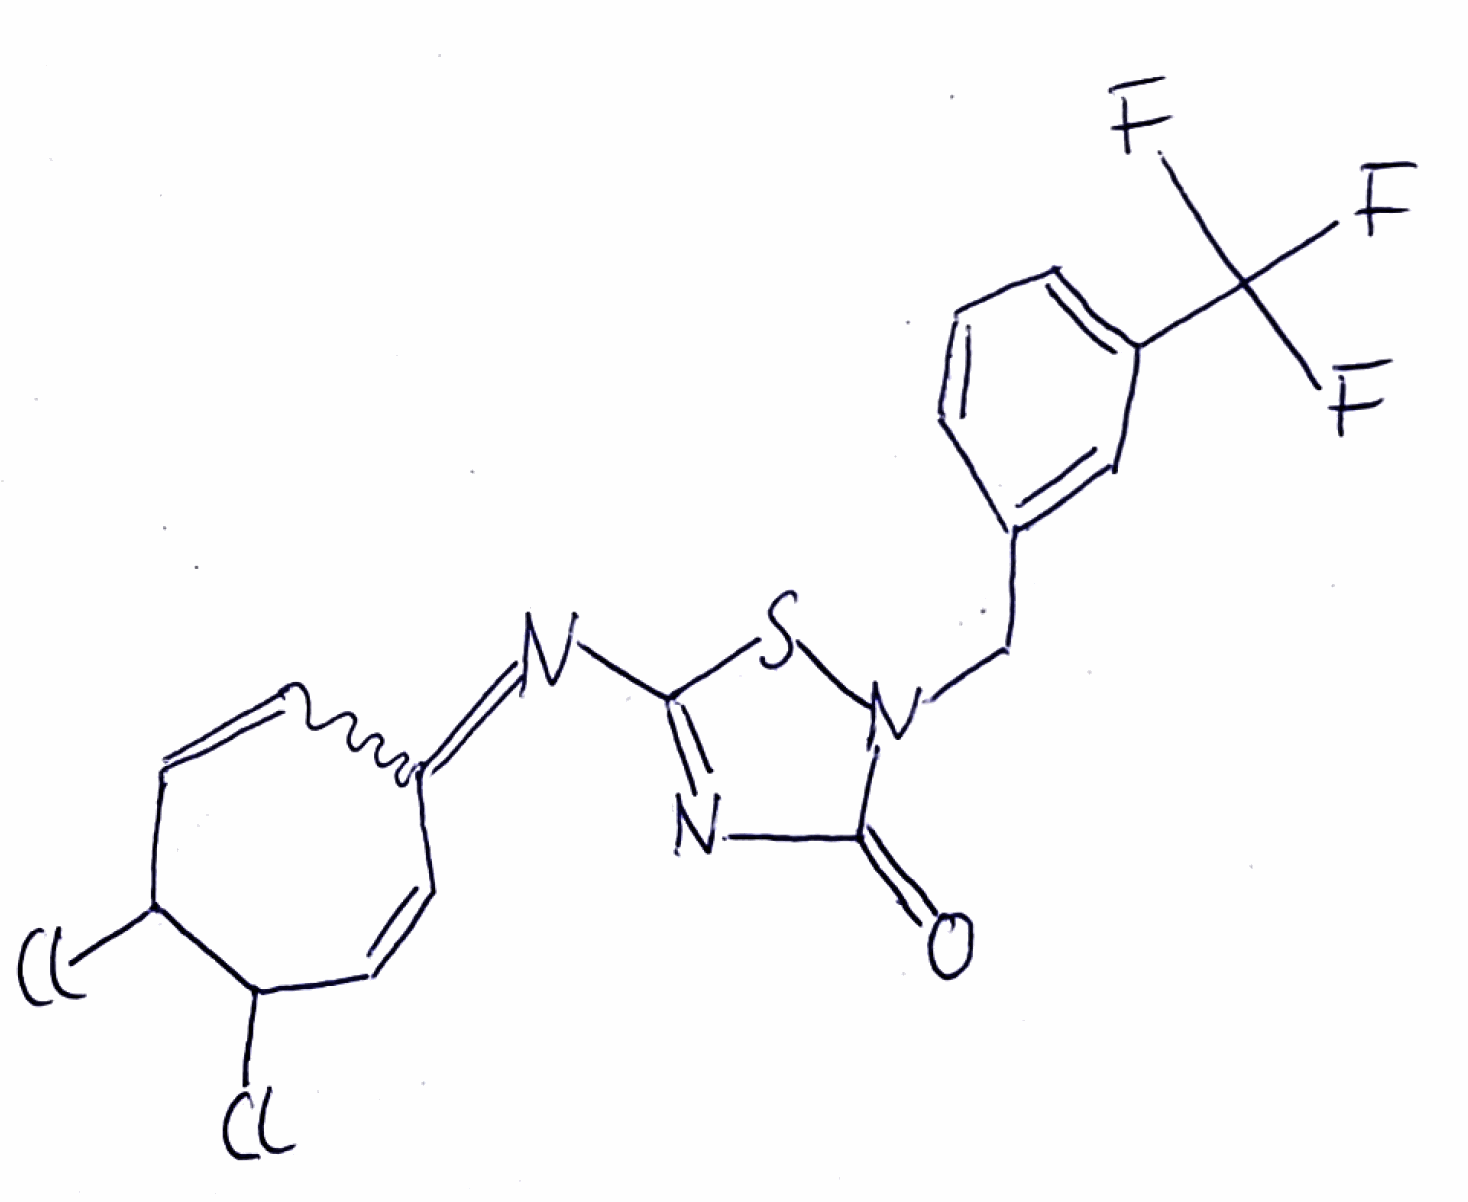
Simplified molecular-input line-entry system (SMILES) notation of the given molecule:
C1=CC(=CC(=C1)C(F)(F)F)CN2C(=O)N=C(S2)N=C3C=CC(C(C=C3)Cl)Cl